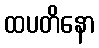
ထပတိနော